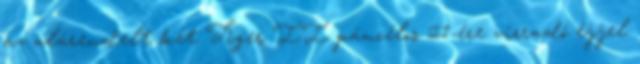
az alárendelt két Tiger II páncélos 21-ére virradó éjjel